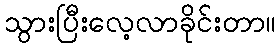
သွားပြီးလေ့လာခိုင်းတာ။